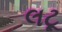
લટૂ